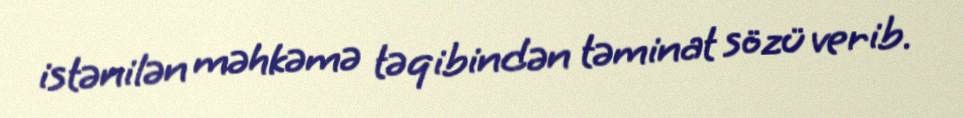
istənilən məhkəmə təqibindən təminat sözü verib.